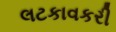
લટકાવકરી